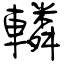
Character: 轔